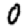
Digit: 0